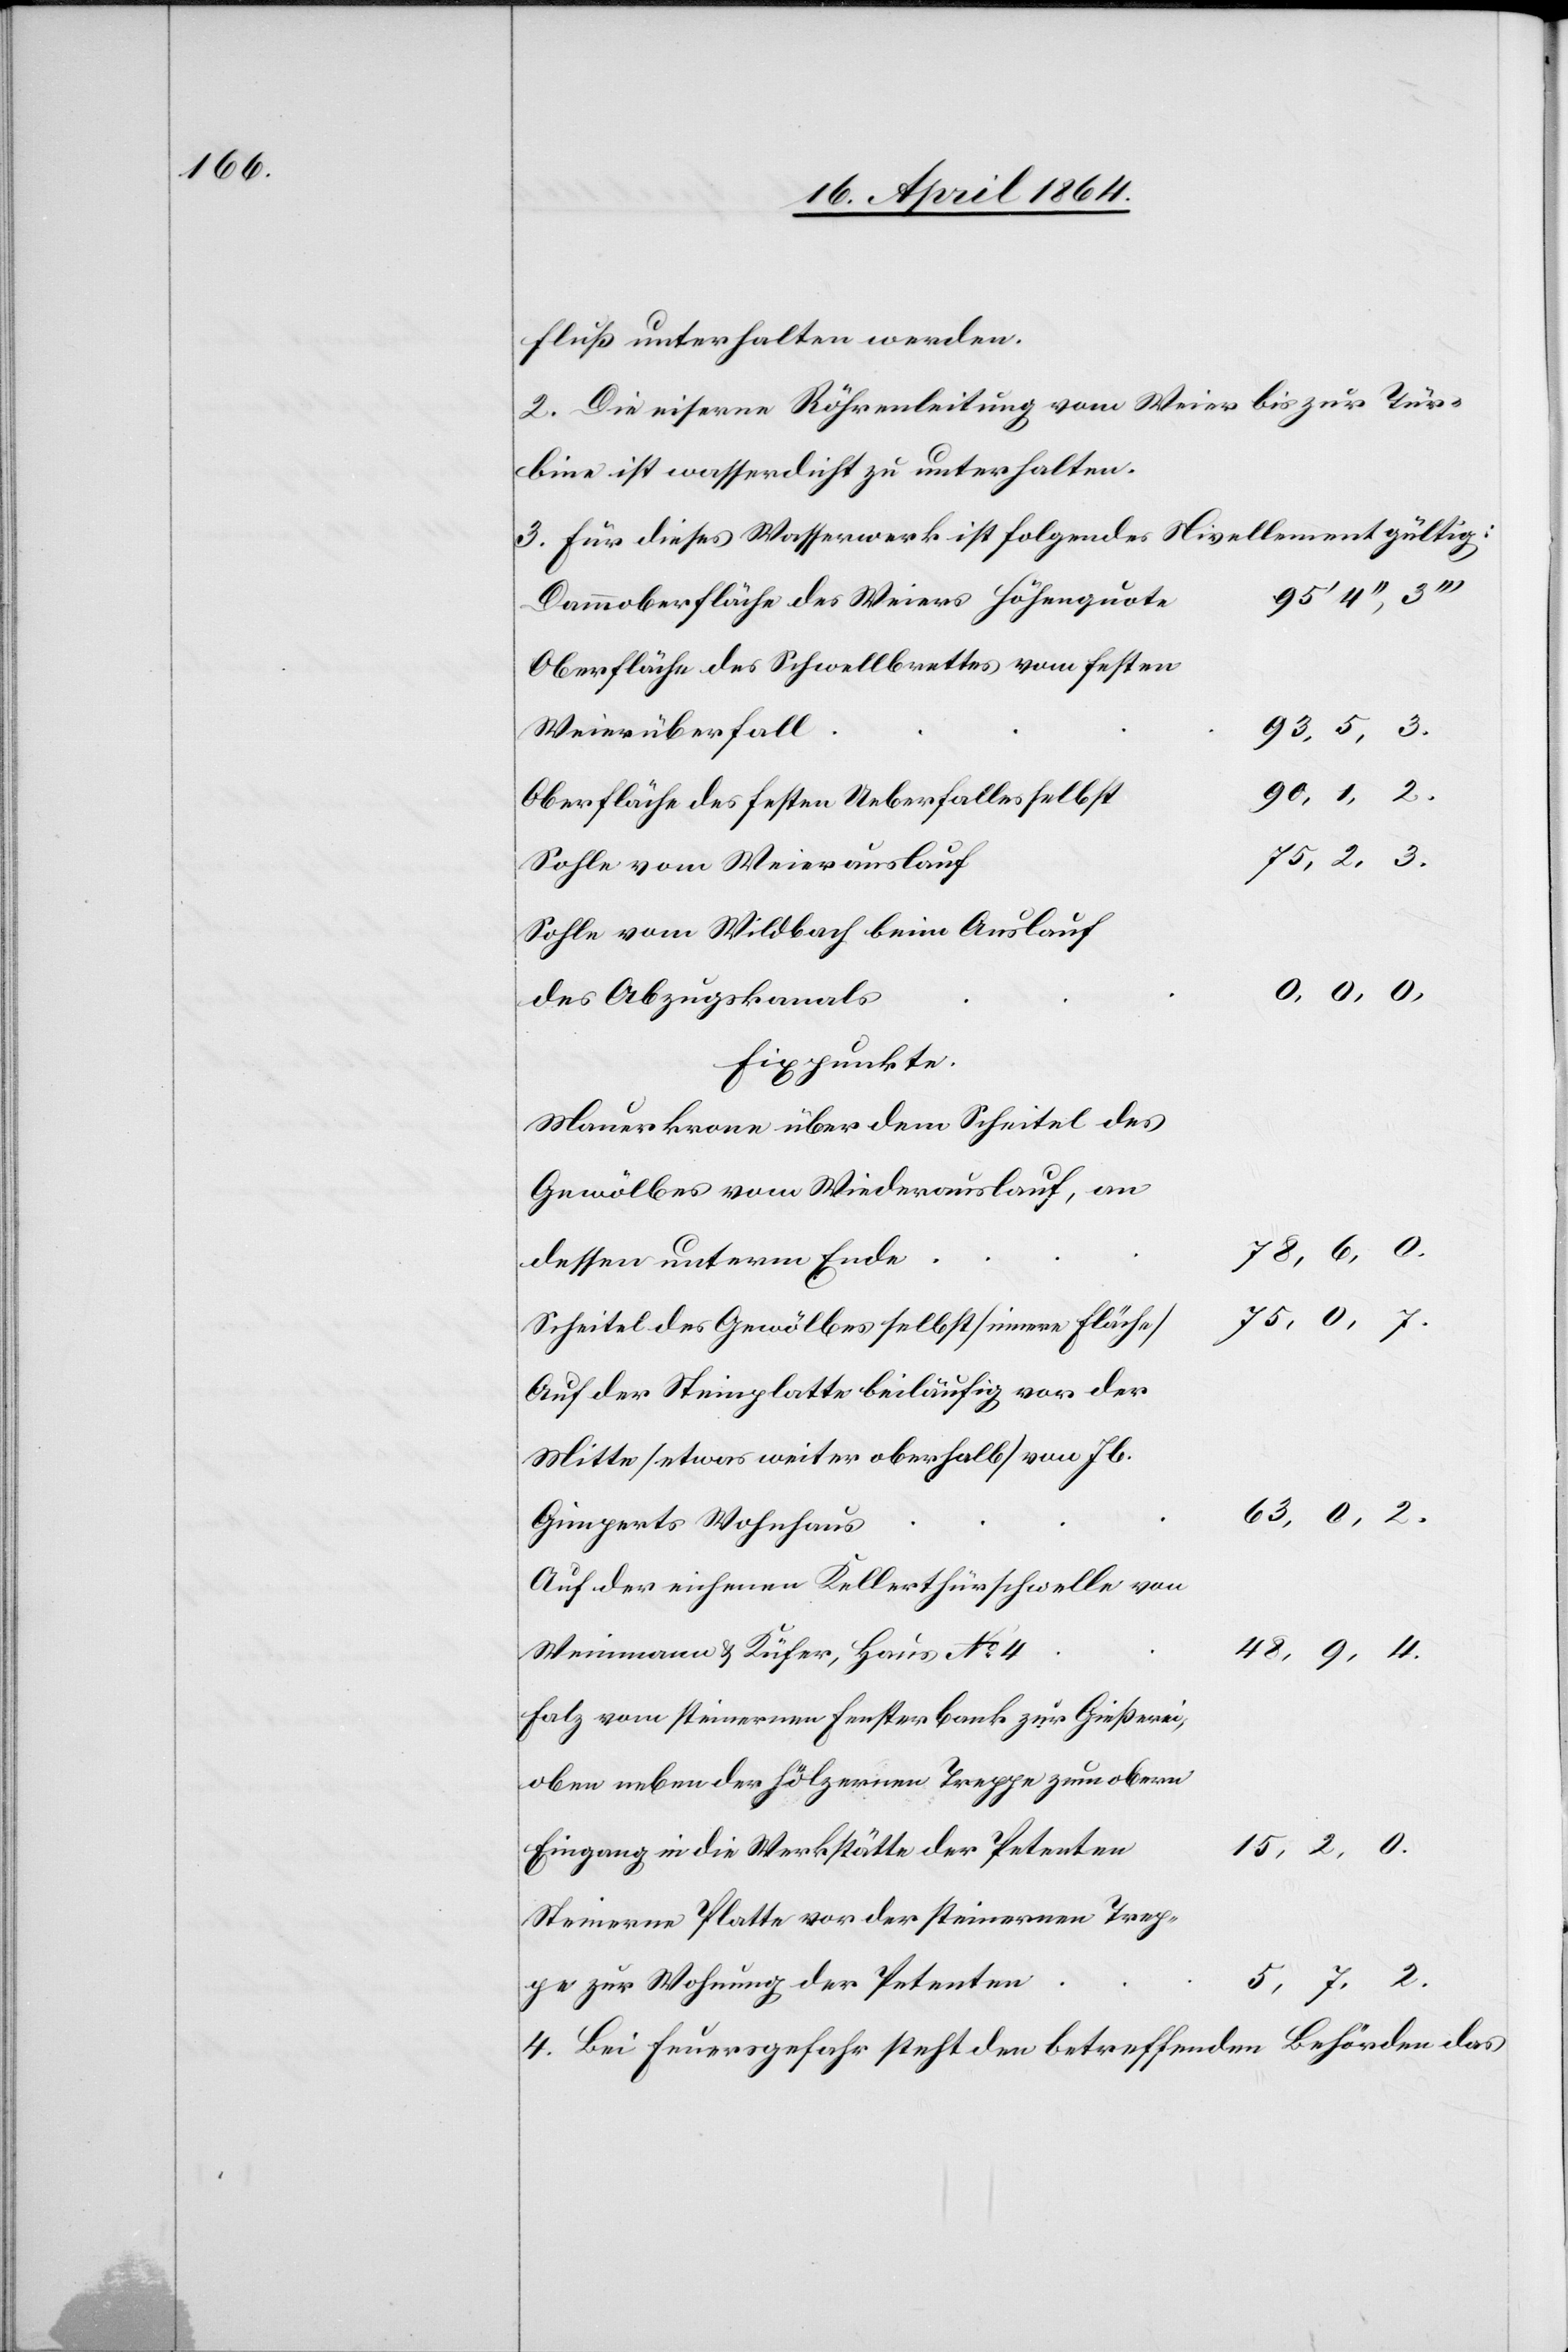
fluß unterhalten werden.
2. Die eiserne Röhrenleitung vom Weier bis zur Tür¬
bine ist wasserdicht zu unterhalten.
3. Für dieses Wasserwerk ist folgendes Nivellement gültig:
n							15,
Dammoberfläche des Weiers Höhenquot¬
Oberfläche des Schwellbrettes vom festen
2 , 3.
Oberfläche des festen Ueberfalles
Sohle vom Wildbach beim Auslauf
0 , 0,
Fixpunkte.
Mauerkrone über dem Scheitel des
Gewölbes vom Wiederauslauf,
an
Scheitel des Gewölbes selbst [innere Fläch¬
Auf der Steinplatte beiläufig vor der
Mitte [etwas weiter oberhalb] von Jb.
0, 2.
Auf der eichenen Kellerthürschwelle von
Weinmann u. Küfer, Hain No
9, 4.
Holz vom steinernen Fensterbank zur Gießerei,
oben neben der hölzernen Treppe zum obern
Eingang in die Werkstätte der Petente¬
Steinerne Platte vor der steinernen Treppe
5, 7, 2.
4. Bei Feuergefahr steht den betreffenden Behörden das